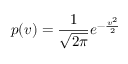
p ( v ) = { \frac { 1 } { \sqrt { 2 \pi } } } e ^ { - { \frac { v ^ { 2 } } { 2 } } }